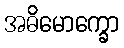
အဓိမောက္ခော